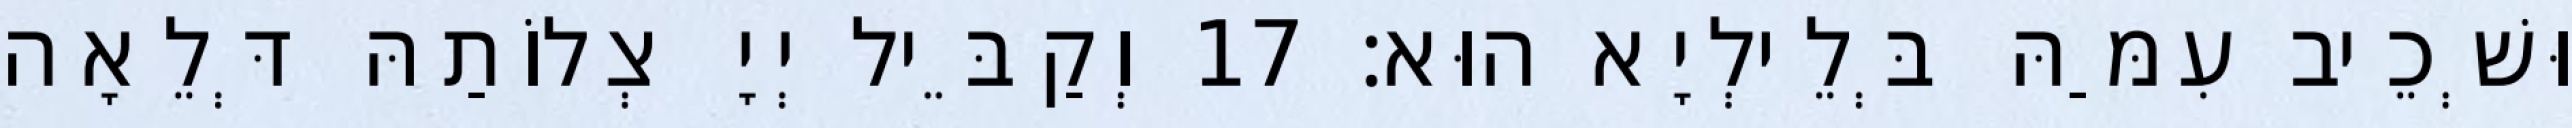
וּשְׁכֵיב עִמַּהּ בְּלֵילְיָא הוּא׃ 17 וְקַבֵּיל יְיָ צְלוֹתַהּ דְּלֵאָה